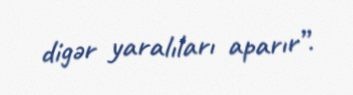
digər yaralıları aparır”.